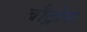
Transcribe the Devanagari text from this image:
बौट्रोस